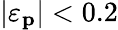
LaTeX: |\varepsilon_{\mathbf{p}}|<0.2